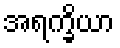
အရက္ခိယာ